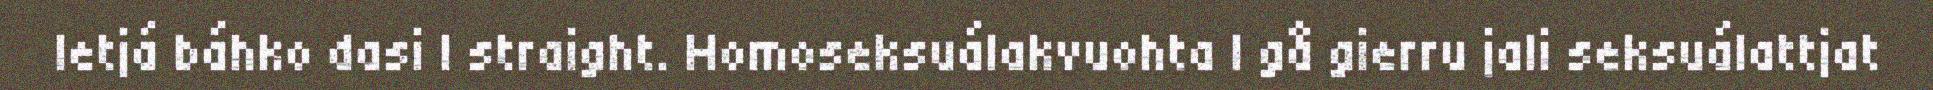
Ietjá báhko dasi l straight. Homoseksuálakvuohta l gå gierru jali seksuálattjat